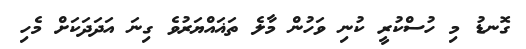
ގޮނޑު މި ހުސްކުރީ ކުނި ވަހުން މާލެ ތަޣައްޔަރުވެ ގިނަ އަދަދަކަށް މެހި